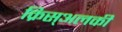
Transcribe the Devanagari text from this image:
क्रिस्अलकी